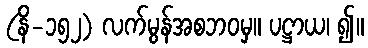
(နိ-၁၅၂) လက်မွန်အစဘဝမှ။ ပဋ္ဌာယ၊ ၍။